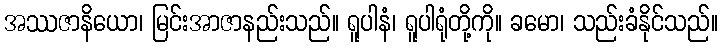
အဿဇာနိယော၊ မြင်းအာဇာနည်းသည်။ ရူပါနံ၊ ရူပါရုံတို့ကို။ ခမော၊ သည်းခံနိုင်သည်။